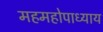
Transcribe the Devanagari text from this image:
महमहोपाध्याय